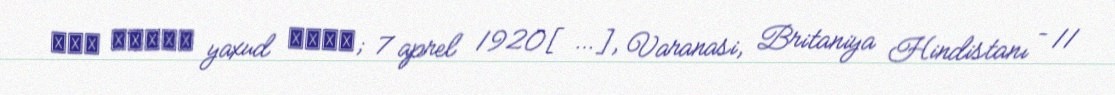
रवि शङ्कर yaxud शंकर; 7 aprel 1920[…], Varanasi, Britaniya Hindistanı – 11